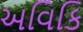
અવિકિ